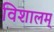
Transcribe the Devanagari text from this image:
विशालम्